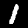
Digit: 1